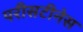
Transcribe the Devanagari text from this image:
परीसटीनेस